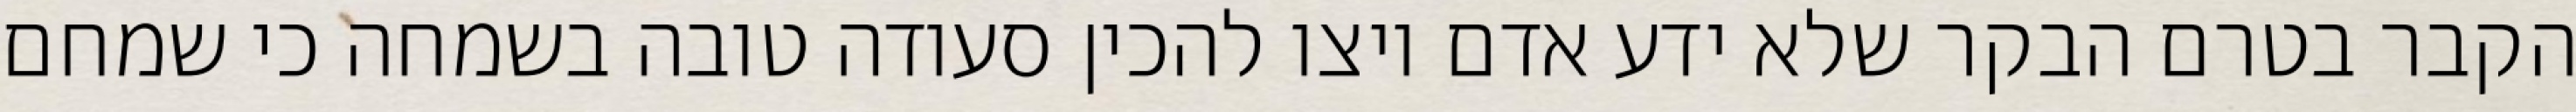
הקבר בטרם הבקר שלא ידע אדם ויצו להכין סעודה טובה בשמחה כי שמחם